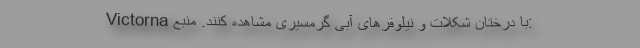
Victorna با درختان شکلات و نیلوفر‌های آبی گرمسیری مشاهده کنند. منبع: